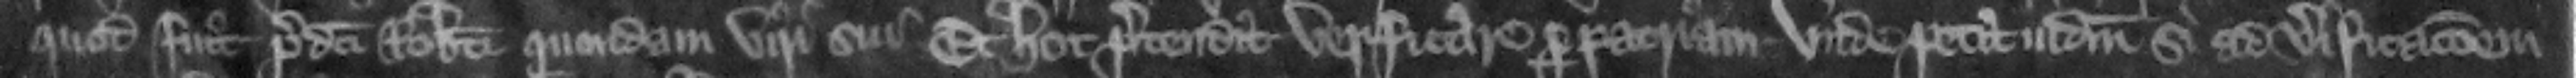
quod fuit predicti Roberti quondam viri sui. Et hoc pretendit verificare per patriam. Vnde petit judicium si ad verificacionem